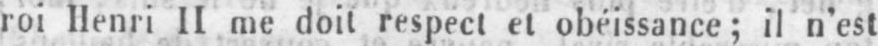
roi Henri II me doit respect et obéissance; il n’est